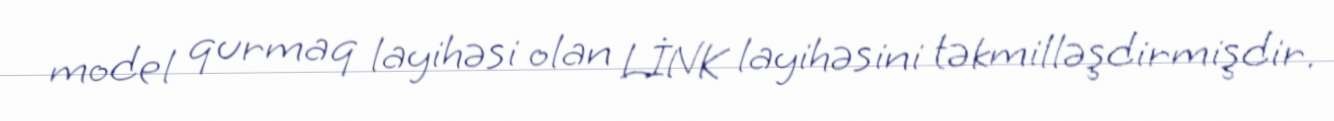
model qurmaq layihəsi olan LİNK layihəsini təkmilləşdirmişdir.